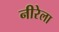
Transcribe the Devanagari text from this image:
नीरेला